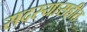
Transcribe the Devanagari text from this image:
सदस्यासहीत